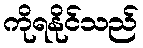
ကိုရနိုင်သည်